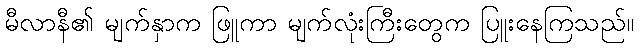
မီလာနီ၏ မျက်နှာက ဖြူကာ မျက်လုံးကြီးတွေက ပြူးနေကြသည်။